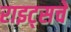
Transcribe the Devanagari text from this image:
राइट्सचे